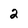
Character: 2